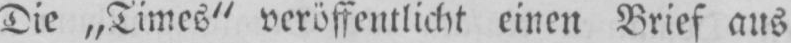
Die „Times“ veröffentlicht einen Brief aus